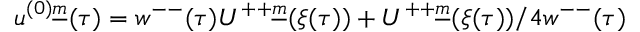
u ^ { ( 0 ) \underline { { { m } } } } ( \tau ) = w ^ { -- } ( \tau ) U ^ { + + \underline { { { m } } } } ( \xi ( \tau ) ) + U ^ { + + \underline { { { m } } } } ( \xi ( \tau ) ) / 4 w ^ { -- } ( \tau )